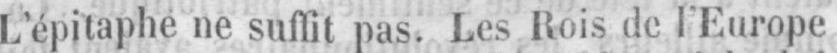
L’épitaphe ne suffit pas. Les Rois de l’Europe